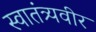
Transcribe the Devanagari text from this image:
स्‍वातंत्र्यवीर